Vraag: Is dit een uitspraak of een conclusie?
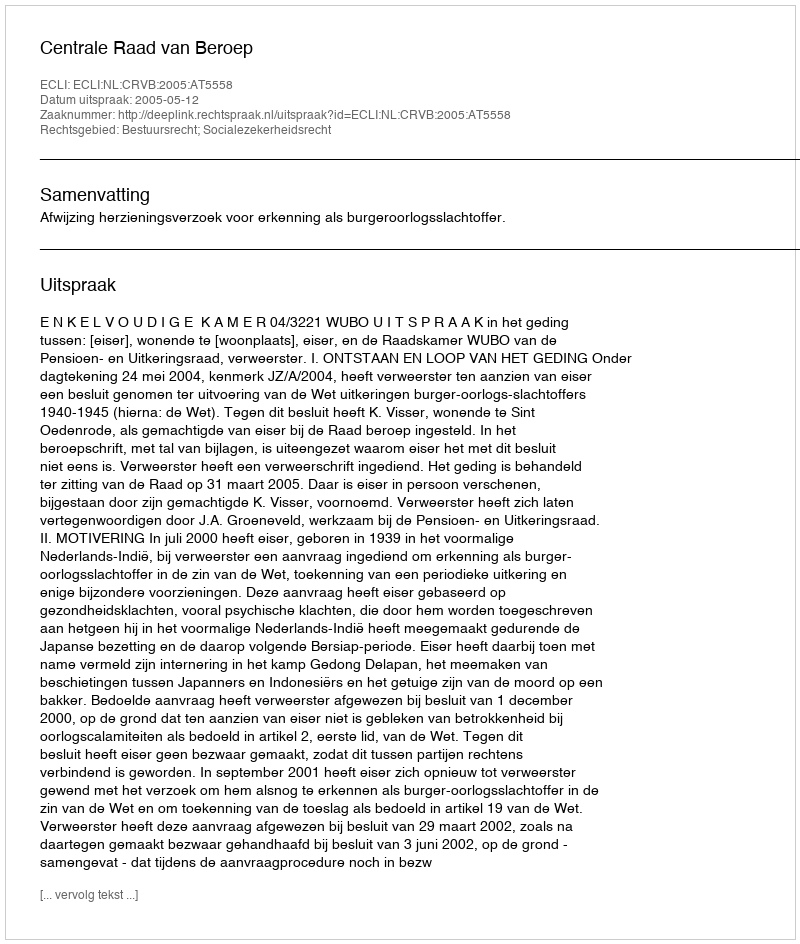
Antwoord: Uitspraak